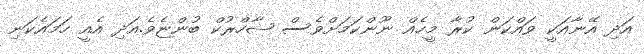
އަދި އޭނާއަކީ ވައްކަން ކުރާ މީހެއް ނޫންކަމަށްވެސް ޝާހްރުކް ބުންޏެވެ.އަދި އެއީ ހަމައެކަނި